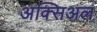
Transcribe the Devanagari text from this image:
अक्सिअल